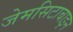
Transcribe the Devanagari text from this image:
जेमसिटाबाइन